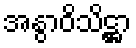
အနွာဝိသိဋ္ဌာ